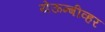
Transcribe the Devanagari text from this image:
येऊन्बीव्हर